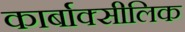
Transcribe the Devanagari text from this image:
कार्बाक्सीलिक